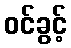
ဝင်ခွင့်